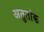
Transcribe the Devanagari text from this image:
अतुतांक